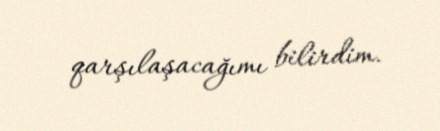
qarşılaşacağımı bilirdim.